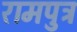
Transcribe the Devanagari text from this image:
रामपुत्र